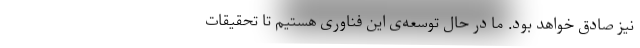
نیز صادق خواهد بود. ما در حال توسعه‌ی این فناوری هستیم تا تحقیقات